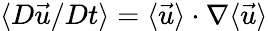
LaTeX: \langle{D\vec{u}}/{Dt}\rangle=\langle\vec{u}\rangle\cdot\nabla\langle\vec{u}\rangle